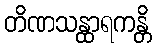
တိဏသန္ထာရကန္တိ